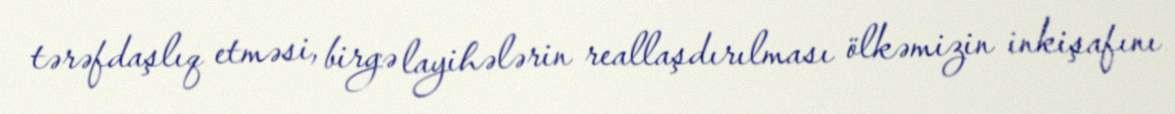
tərəfdaşlıq etməsi, birgə layihələrin reallaşdırılması ölkəmizin inkişafını